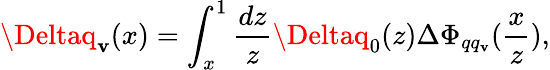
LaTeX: \Deltaq_{\mathbf{v}}(x)=\int_{x}^{1}\frac{{dz}}{{z}}\Deltaq_{0}(z)\Delta\Phi_{qq_{\mathbf{v}}}(\frac{{x}}{{z}}),